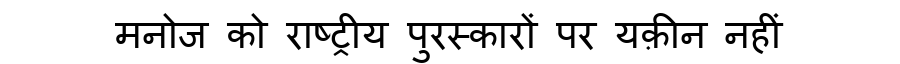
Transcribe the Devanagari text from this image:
मनोज को राष्ट्रीय पुरस्कारों पर यक़ीन नहीं